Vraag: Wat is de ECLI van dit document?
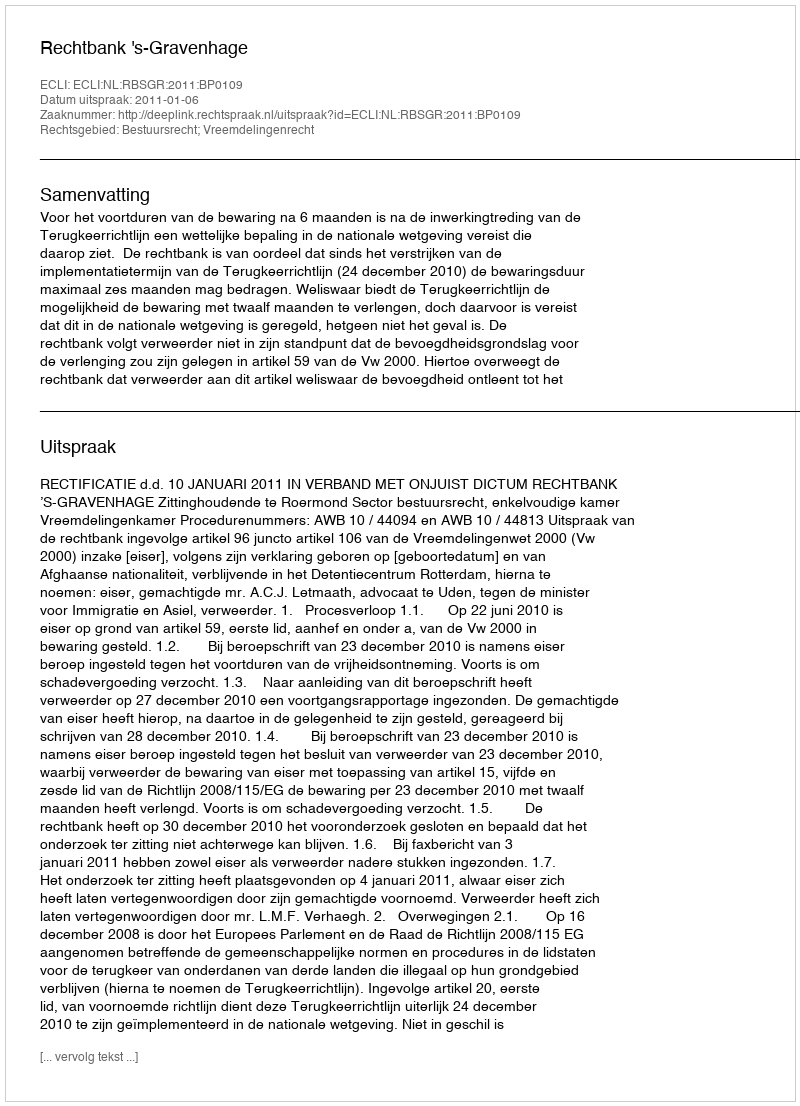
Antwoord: ECLI:NL:RBSGR:2011:BP0109